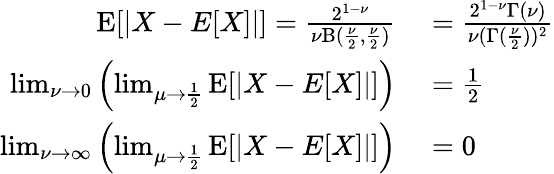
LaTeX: \begin{array}{rl}{\operatorname{E}[|X-E[X]|]={\frac{2^{1-\nu}}{\nu\mathrm{B}({\frac{\nu}{2}},{\frac{\nu}{2}})}}}&{{}={\frac{2^{1-\nu}\Gamma(\nu)}{\nu(\Gamma({\frac{\nu}{2}}))^{2}}}}\\ {\operatorname*{lim}_{\nu\to 0}\left(\operatorname*{lim}_{\mu\to{\frac{1}{2}}}\operatorname{E}[|X-E[X]|]\right)}&{{}={\frac{1}{2}}}\\ {\operatorname*{lim}_{\nu\to\infty}\left(\operatorname*{lim}_{\mu\to{\frac{1}{2}}}\operatorname{E}[|X-E[X]|]\right)}&{{}=0}\end{array}